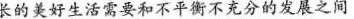
长的美好生活需要和不平衡不充分的发展之间